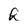
Character: k